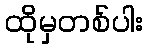
ထိုမှတစ်ပါး